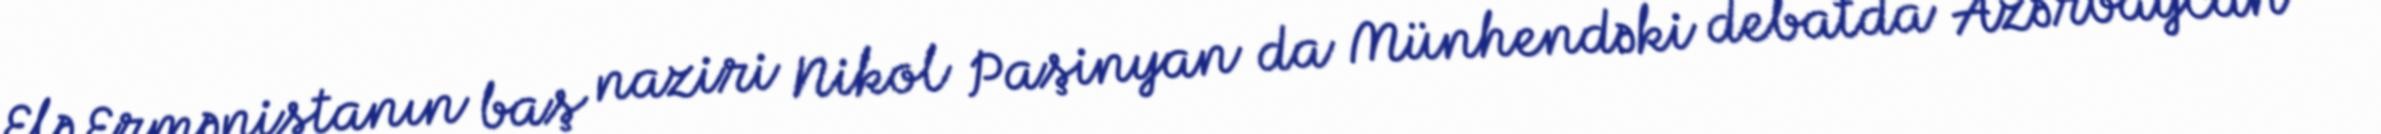
Elə Ermənistanın baş naziri Nikol Paşinyan da Münhendəki debatda Azərbaycan